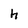
Character: h